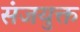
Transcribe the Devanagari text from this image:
संजयुक्त